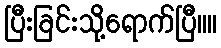
ပြီးခြင်းသို့ရောက်ပြီ။။